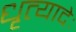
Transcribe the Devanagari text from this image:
धृत्यादेः